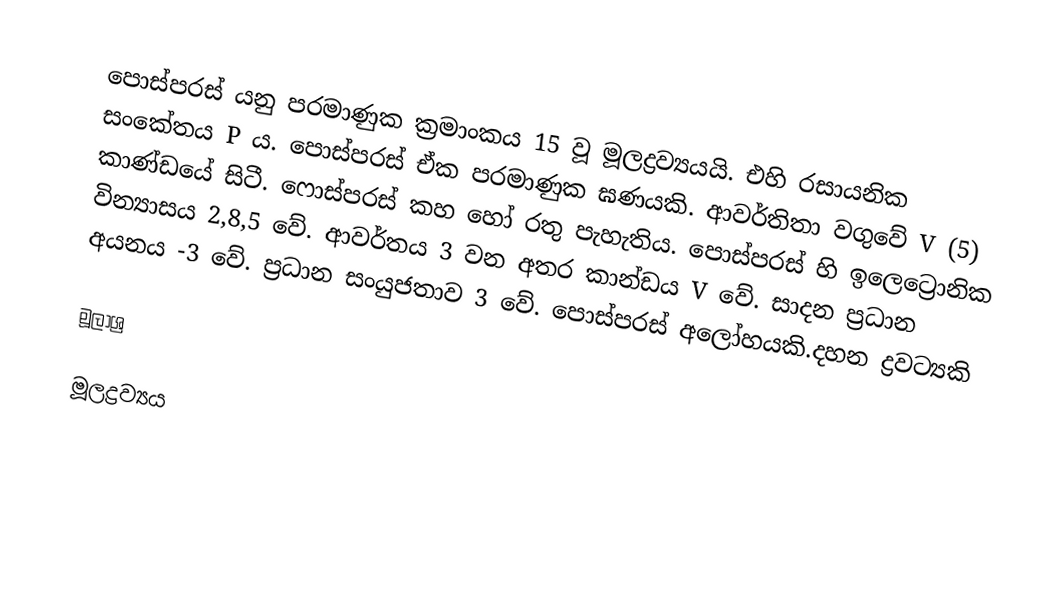
පොස්පරස් යනු පරමාණුක ක්‍රමාංකය 15 වූ මූලද්‍රව්‍යයයි. එහි රසායනික සංකේතය P ය. පොස්පරස් ඒක පරමාණුක ඝණයකි. ආවර්තිතා වගුවේ V (5) කාණ්‍ඩයේ සිටී. ෆොස්පරස් කහ හෝ රතු පැහැතිය. පොස්පරස් හි ඉලෙට්‍රොනික වින්‍යාසය 2,8,5 වේ. ආවර්තය 3 වන අතර කාන්ඩය V වේ. සාදන ප්‍රධාන අයනය -3 වේ. ප්‍රධාන සංයුජතාව 3 වේ. පොස්පරස් අලෝහයකි.දහන ද්‍රවට්‍යකි

මූලාශ්‍ර

මූලද්‍රව්‍යය